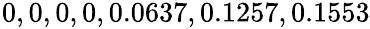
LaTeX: \! \! \! \! \! \! \! \! \! \! \overline{{\sigma}}\! \! =\! \! \{ 0,0,0,0,0.0637,0.1257,0.1553\} \! \! \!